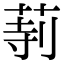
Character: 𦱰